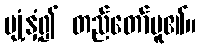
ပျံ့နှံ့၍ တည်တော်မူ၏။